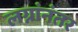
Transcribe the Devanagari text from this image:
लग्नांनंतर